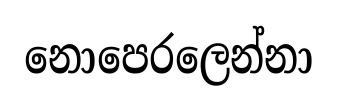
නොපෙරලෙන්නා